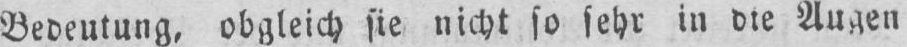
Bedeutung, obgleich sie nicht so sehr in die Augen